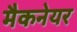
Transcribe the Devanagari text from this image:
मैकनेयर